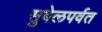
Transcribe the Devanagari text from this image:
सुबेलपर्वत